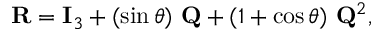
\mathbf { R } = \mathbf { I } _ { 3 } + ( \sin \theta ) ~ \mathbf { Q } + ( 1 + \cos \theta ) ~ \mathbf { Q } ^ { 2 } ,